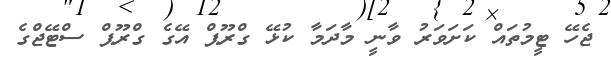
ޖެހޭ ޓީމުތައް ކަށަވަރު ވާނީ މާދަމާ ކުޅޭ ގްރޫޕް އޭގެ ގްރޫޕް ސްޓޭޖްގެ